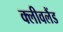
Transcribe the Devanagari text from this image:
क्‍लीवलैंड